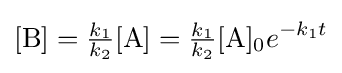
[{\ce {B}}]={\tfrac {k_{1}}{k_{2}}}[{\ce {A}}]={\tfrac {k_{1}}{k_{2}}}[{\ce {A}}]_{0}e^{-k_{1}t}